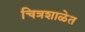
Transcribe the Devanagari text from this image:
चित्रशाळेत